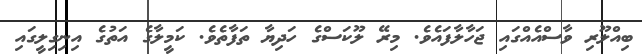
ބިއްލޫރި ވާސްއެއްގައި ޖަހާލާފައެވެ. މިރޭ ލޫކަސްގެ ހަދިޔާ ތަފާތެވެ. ކަމީލާގެ އަތުގެ އިނިގިލީގައި